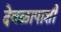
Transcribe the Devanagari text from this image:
देवळापाशी